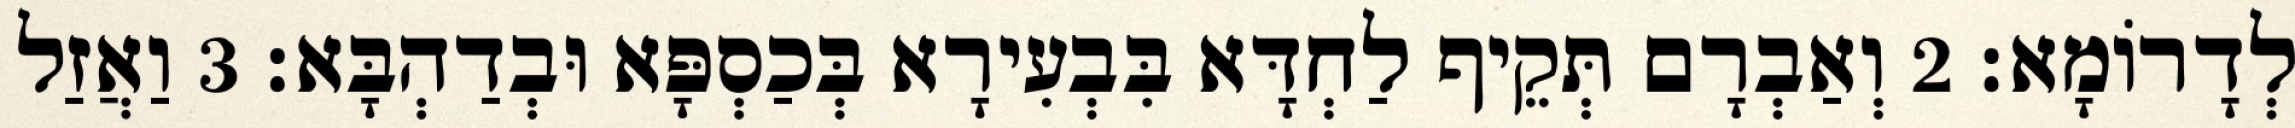
לְדָרוֹמָא׃ 2 וְאַבְרָם תְּקֵיף לַחְדָּא בִּבְעִירָא בְּכַסְפָּא וּבְדַהְבָּא׃ 3 וַאֲזַל